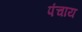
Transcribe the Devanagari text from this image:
पंचाय